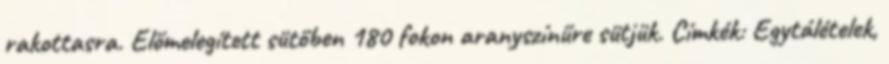
rakottasra. Előmelegített sütőben 180 fokon aranyszínűre sütjük. Címkék: Egytálételek,